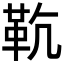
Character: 𩉳